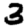
Digit: 3